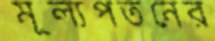
মূল্যপতনের